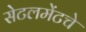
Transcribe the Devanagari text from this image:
सेटलमेंटचे